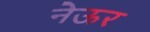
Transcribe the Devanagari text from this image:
नेऊर